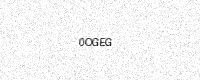
Text: 0OGEG